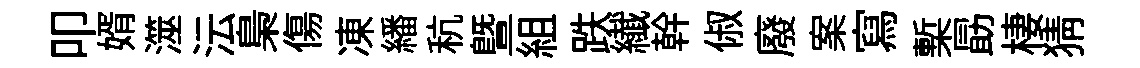
叩婿澨沄梟傷凍繙秔曁組跌纎幹俶廢案寫槧勗棲猜